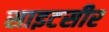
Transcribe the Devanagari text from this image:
साइटसीर